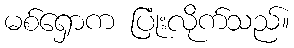
မစ်ရှောက ပြုံးလိုက်သည်။